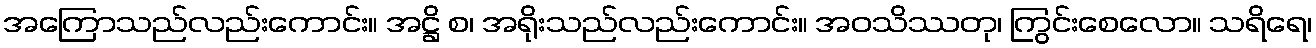
အကြောသည်လည်းကောင်း။ အဋ္ဌိ စ၊ အရိုးသည်လည်းကောင်း။ အဝသိဿတု၊ ကြွင်းစေလော။ သရိရေ၊